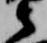
衛